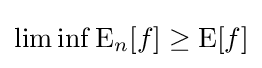
\liminf \operatorname {E} _{n}[f]\geq \operatorname {E} [f]